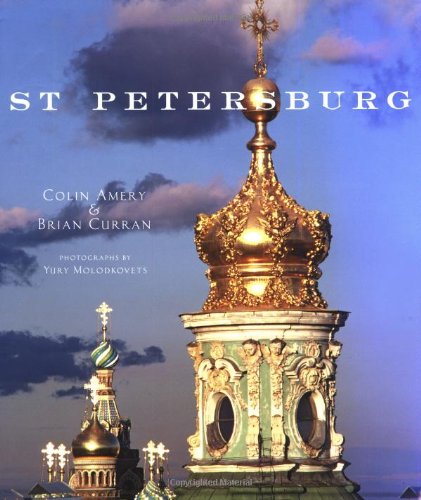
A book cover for St. Petersburg; Colin Amery; Travel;